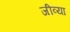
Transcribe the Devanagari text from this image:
जीव्या